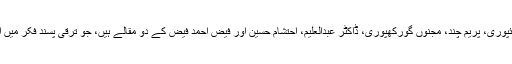
تیسرے حصے میں ڈاکٹر اختر حسین رائپوری، پریم چند، مجنوں گورکھپوری، ڈاکٹر عبدالعلیم، احتشام حسین اور فیض احمد فیض کے دو مقالے ہیں، جو ترقی پسند فکر میں اساسی اور تاریخی اہمیت کے حامل ہیں۔